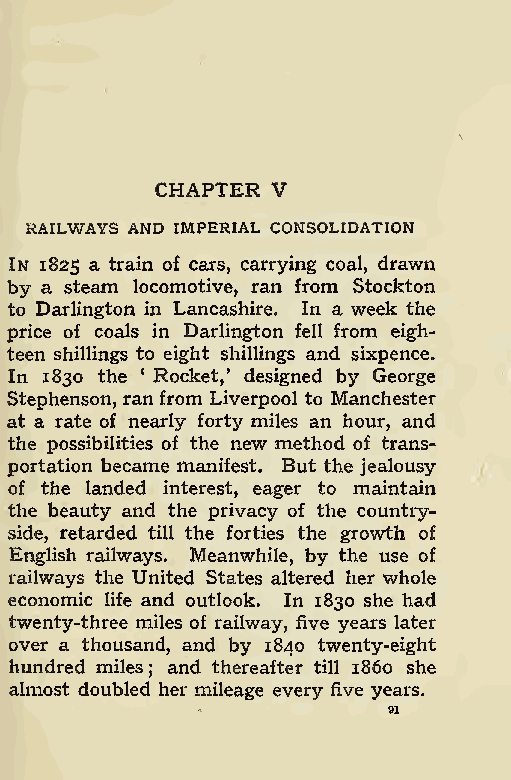
CHAPTER V
 RAILWAYS AND IMPERIAL CONSOLIDATION
 In 1825 a train of cars, carrying coal, drawn
 by a steam locomotive, ran from Stockton
 to Darlington in Lancashire. In a week the
 price of coals in Darlington fell from eigh-
 teen shillings to eight shillings and sixpence.
 In 1830 the ‘ Rocket,’ designed by George
 Stephenson, ran from Liverpool to Manchester
 at a rate of nearly forty miles an hour, and
 the possibilities of the new method of trans-
 portation became manifest. But the jealousy
 of the landed interest, eager to maintain
 the beauty and the privacy of the country-
 side, retarded till the forties the growth of
 English railways. Meanwhile, by the use of
 railways the United States altered her whole
 economic life and outlook. In 1830 she had
 twenty-three miles of railway, five years later
 over a thousand, and by 1840 twenty-eight
 hundred miles and thereafter till i860 she
 ;
 almost doubled her mileage every five years.
 91